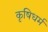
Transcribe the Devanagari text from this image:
कृषिधर्म